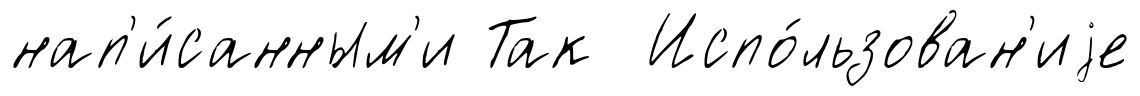
нап'и́санным'и Так Испо́льзован'иjе